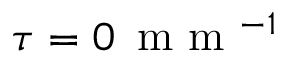
\tau = 0 \, \mathrm { ~ m ~ m ~ } ^ { - 1 }